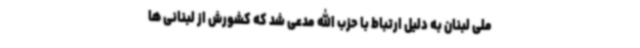
ملی لبنان به دلیل ارتباط با حزب الله مدعی شد که کشورش از لبنانی ها